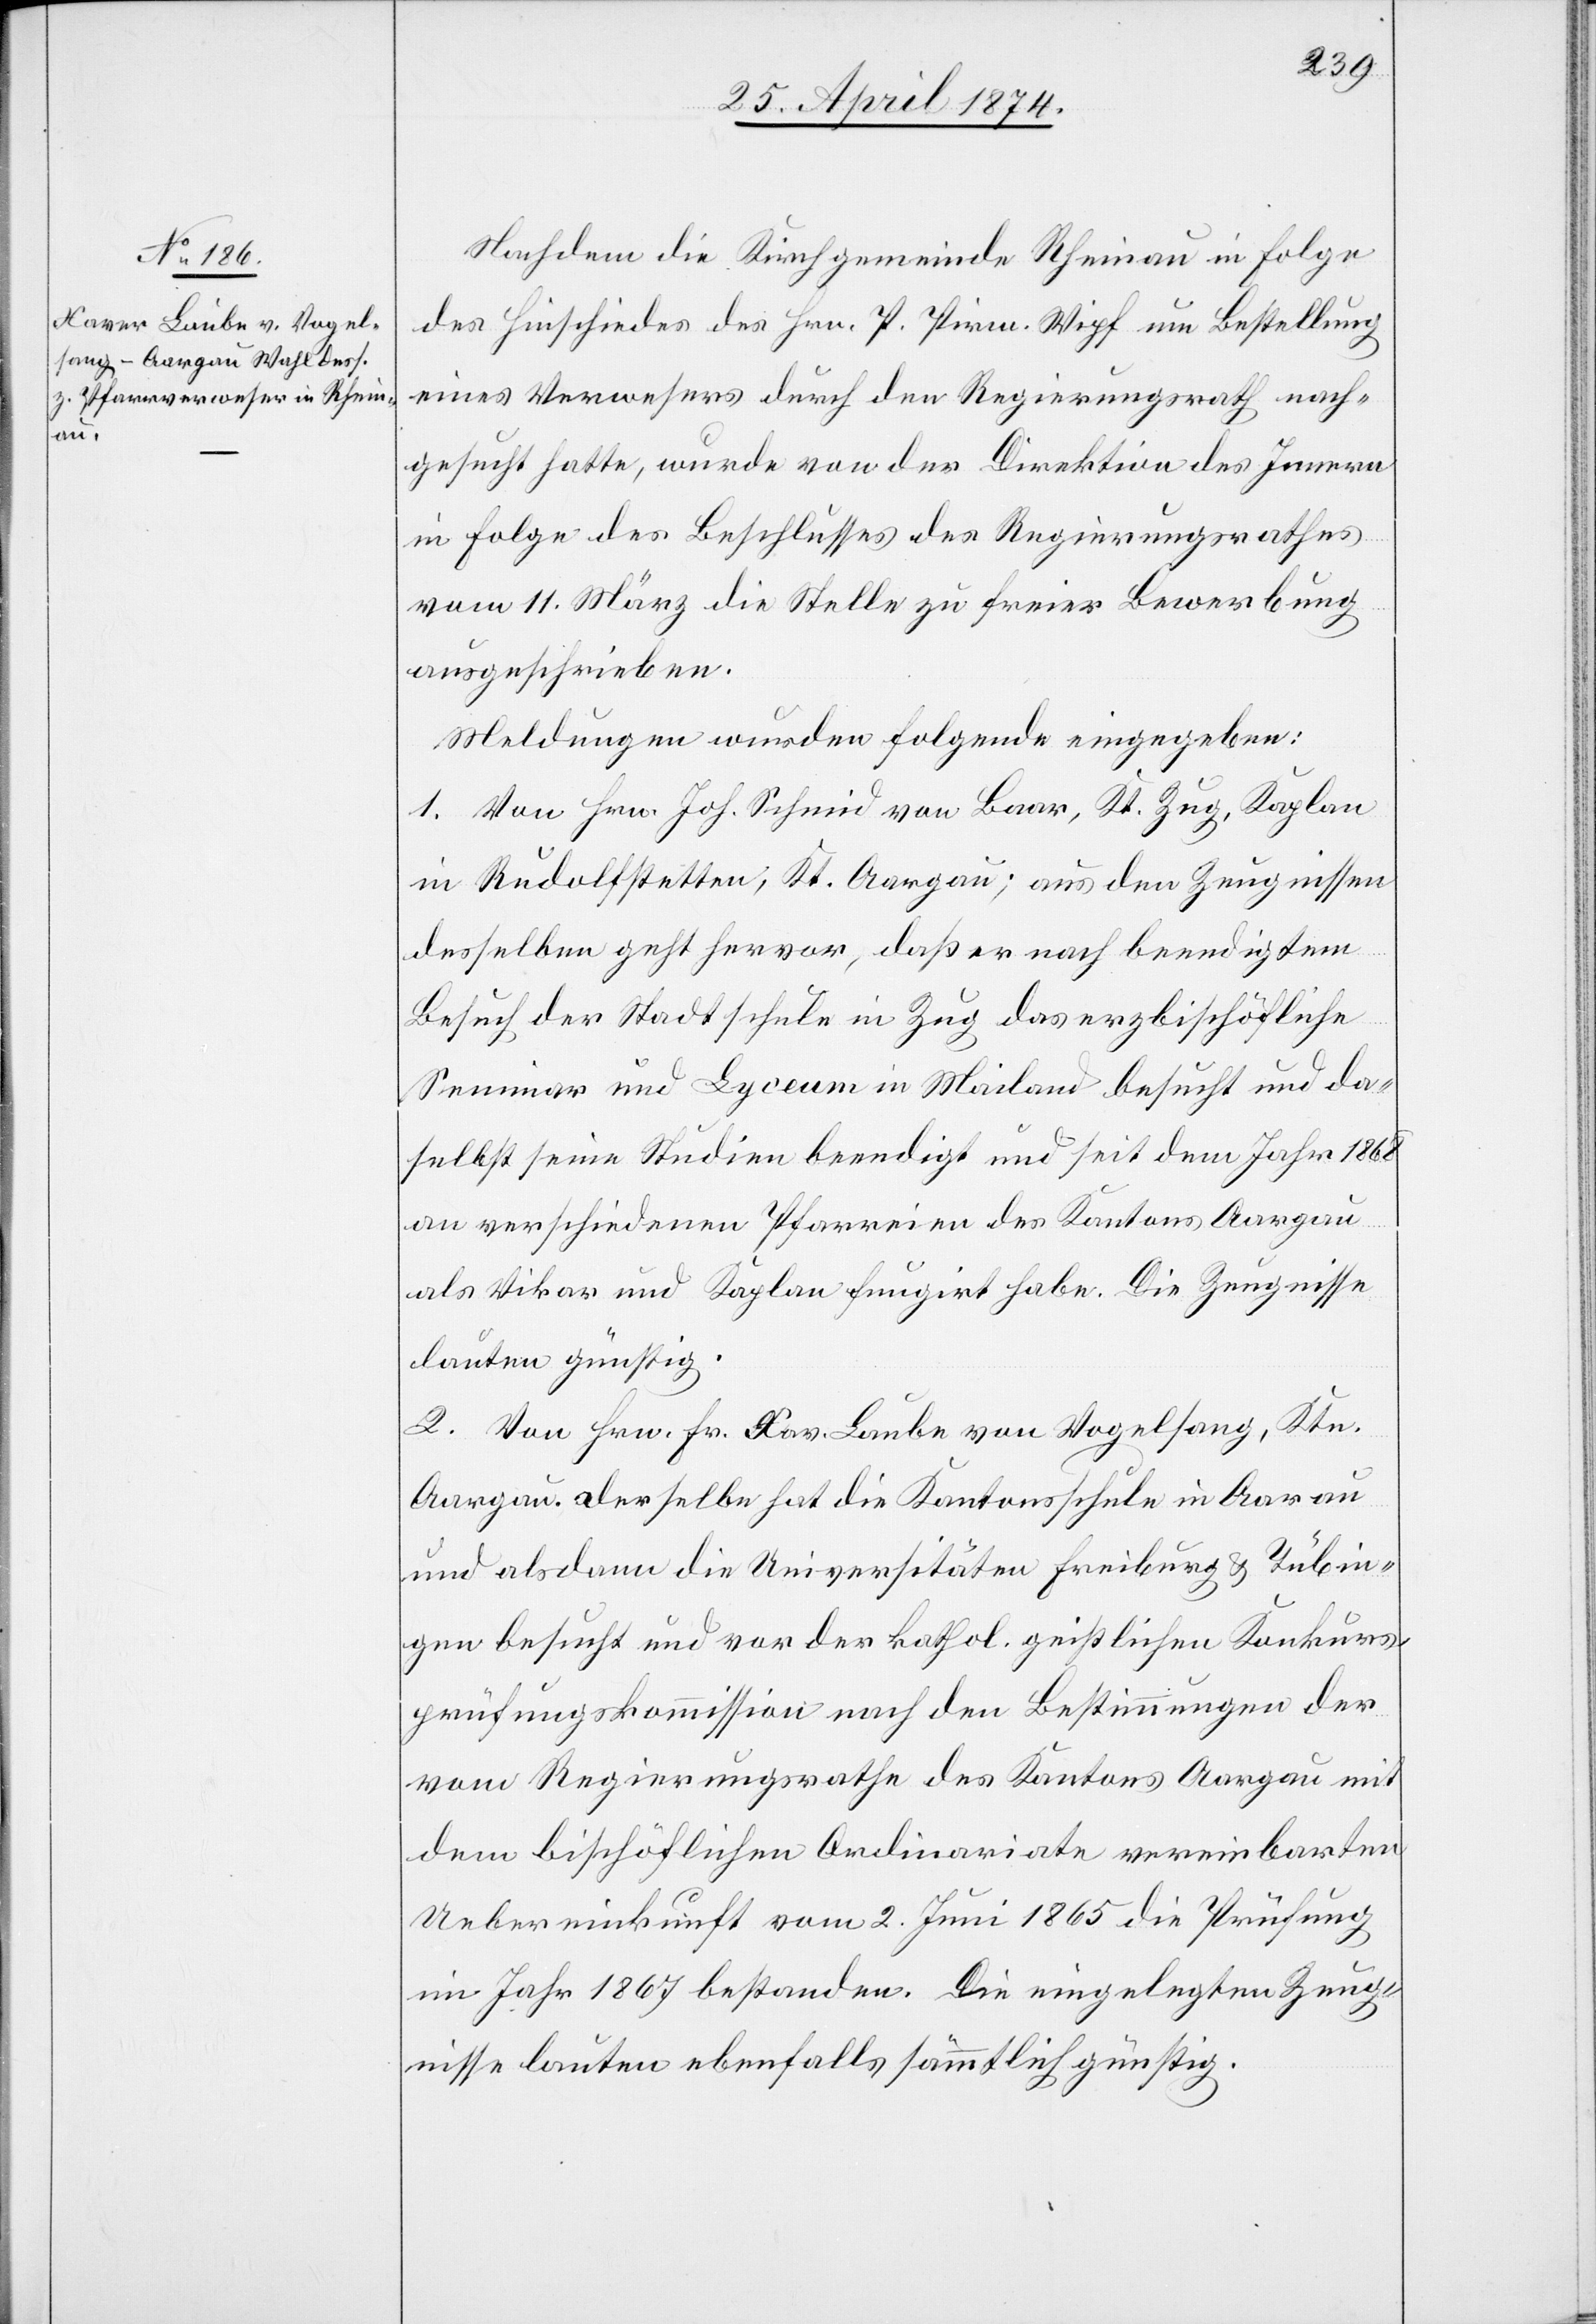
Nachdem die Kirchgemeinde Rheinau in Folge
des Hinschiedes des Hrn. P. Pirm. Wipf um Bestellung
eines Verwesers durch den Regierungsrath nach¬
gesucht hatte, wurde von der Direktion des Innern
in Folge des Beschlusses des Regierungsrathes
vom 11. März die Stelle zu freier Bewerbung
ausgeschrieben.
Meldungen wurden folgende eingegeben:
1. Von Hrn. Joh. Schmid von Baar, Kt. Zug, Kaplan
in Rudolfstetten, Kt. Aargau; aus den Zeugnissen
desselben geht hervor, daß er nach beendigtem
Besuch der Stadtschule in Zug das erzbischöfliche
Seminar und Lyceum in Mailand besucht und da¬
selbst seine Studien beendigt und seit dem Jahr 1868
an verschiedenen Pfarreien des Kantons Aargau
als Vikar und Kaplan fungirt habe. Die Zeugnisse
lauten günstig.
2. Von Hrn. Fr. Xav. Laube von Vogelsang, Ktn.
Aargau. Derselbe hat die Kantonsschule in Aarau
und alsdann die Universitäten Freiburg u. Tübin¬
gen besucht und vor der kathol. geistlichen Konkurs¬
prüfungskommission nach den Bestimmungen der
vom Regierungsrathe des Kantons Aargau mit
dem bischöflichen Ordinariate vereinbarten
Uebereinkunft vom 2. Juni 1865 die Prüfung
im Jahr 1867 bestanden. Die eingelegten Zeug¬
nisse lauten ebenfalls sämmtlich günstig.